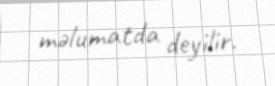
məlumatda deyilir.